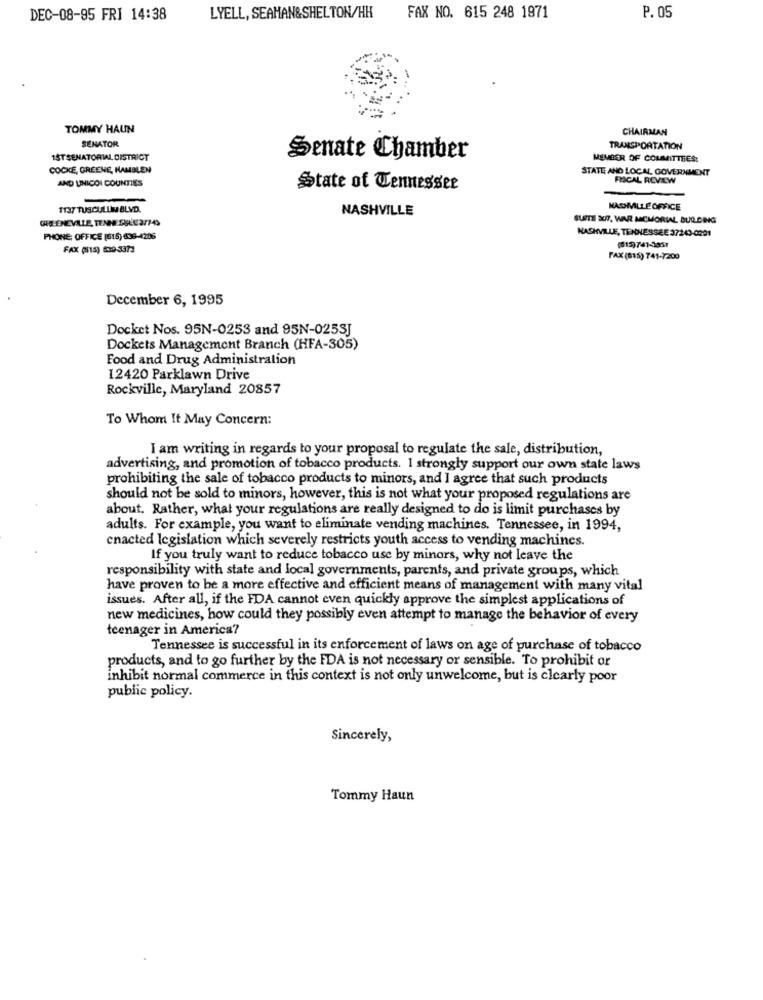
DEC-08-95 FRI 14:38
LYELL, SEAHAN&SHELTON/HH
FAX NO. 615 248 1971
P. 05
TOMMY HAUN
CHAIRMAN
SENATOR
TRANSPORTATION
1ST SENATORIAL DISTRICT
Senate Chamber
MEMBER OF COMMITTEES:
COCKE, GREENE, HAMBLEN
STATE AND LOCAL GOVERNMENT
FRICAL REVIEW
AND UNICOI COUNTIES
State of Tennessee
1137 TUSCULUM BLVD.
NASHVILLE
NACHMILLEOFFICE
SUITE SU7, WAR MEMORIAL BUILDING
NASHVILLE, TENNESSEE 37243-0201
PHONE: OFFICE [515) 609-4286
FAX (15) 539-3373
FAX (815) 741-7200
December 6, 1995
Docket Nos. 95N-0253 and 95N-025SJ
Dockets Management Branch (HFA-305)
Food and Drug Administration
12420 Parklawn Drive
Rockville, Maryland 20857
To Whom It May Concern:
I am writing in regards to your proposal to regulate the sale, distribution,
advertising, and promotion of tobacco products. I strongly support our own state laws
prohibiting the sale of tobacco products to minors, and I agree that such products
should not be sold to minors, however, this is not what your proposed regulations are
about. Rather, what your regulations are really designed to do is limit purchases by
adults. For example, you want to eliminate vending machines. Tennessee, in 1994,
enacted legislation which severely restricts youth access to vending machines.
If you truly want to reduce tobacco use by minors, why not leave the
responsibility with state and local governments, parents, and private groups, which
have proven to be a more effective and efficient means of management with many vital
issues. After all, if the FDA cannot even quickly approve the simplest applications of
new medicines, how could they possibly even attempt to manage the behavior of every
teenager in America?
Tennessee is successful in its enforcement of laws on age of purchase of tobacco
products, and to go further by the FDA is not necessary or sensible. To prohibit or
inhibit normal commerce in this context is not only unwelcome, but is clearly poor
public policy.
Sincerely,
Tommy Haun